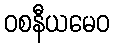
ဝစနီယမေဝ